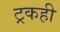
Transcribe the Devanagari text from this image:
ट्रकही